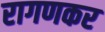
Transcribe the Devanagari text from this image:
रागणकर